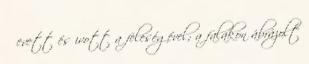
ő evett és ivott a feleségével; a falakon ábrázolt